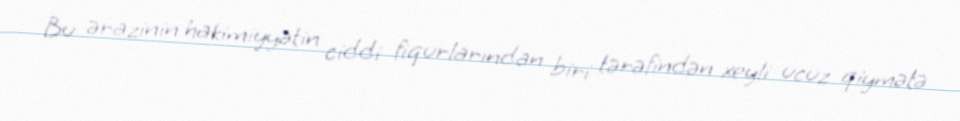
Bu ərazinin hakimiyyətin ciddi fiqurlarından biri tərəfindən xeyli ucuz qiymətə